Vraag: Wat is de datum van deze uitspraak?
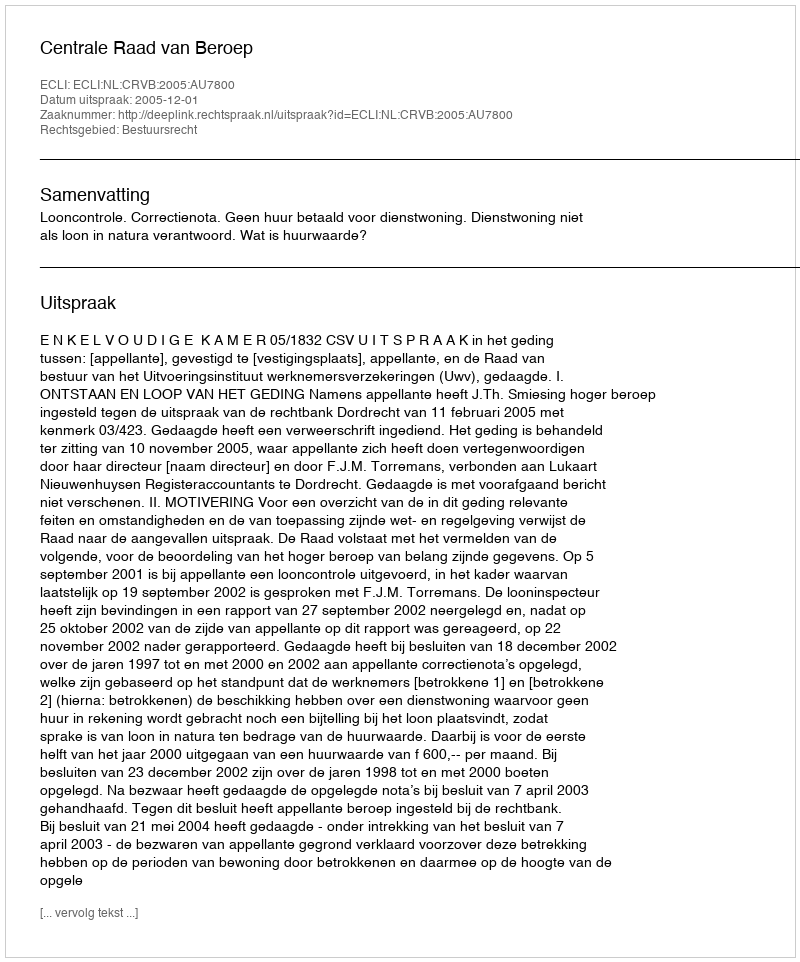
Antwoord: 2005-12-01